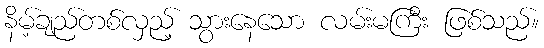
နိမ့်ချည်တစ်လှည့် သွားနေသော လမ်းမကြီး ဖြစ်သည်။